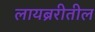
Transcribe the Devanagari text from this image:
लायब्ररीतील